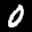
Label: 0